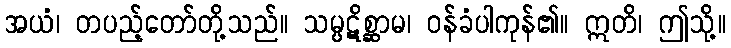
အယံ၊ တပည့်တော်တို့သည်။ သမ္ပဋိစ္ဆာမ၊ ဝန်ခံပါကုန်၏။ ဣတိ၊ ဤသို့။